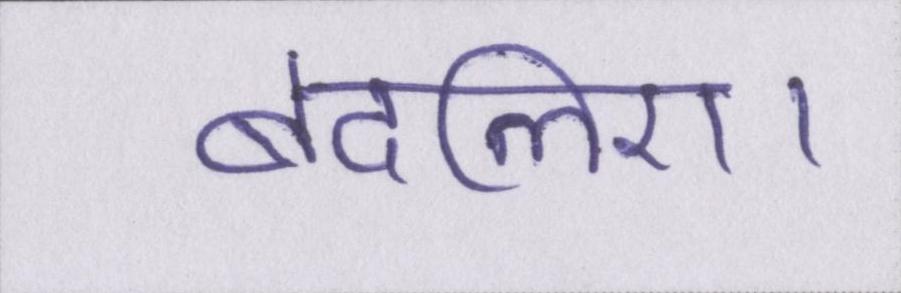
बदलिए।